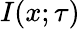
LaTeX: I(x;\tau)